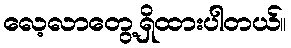
လေ့လာတွေ့ရှိထားပါတယ်။